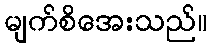
မျက်စိအေးသည်။